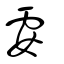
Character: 孁